Reports on dispensaries and lunatic asylums in the Province of Oudh - 1869-1876
Year: 1869
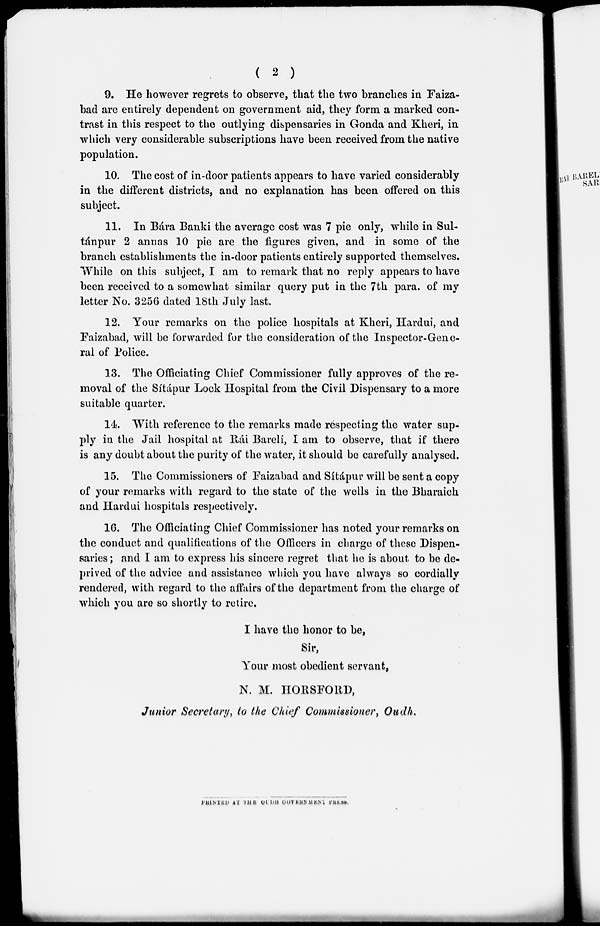
( 2 )
9. He however regrets to observe, that the two branches in Faiza-
bad are entirely dependent on government aid, they form a marked con-
trast in this respect to the outlying dispensaries in Gonda and Kheri, in
which very considerable subscriptions have been received from the native
population.
10. The cost of in-door patients appears to have varied considerably
in the different districts, and no explanation has been offered on this
subject.
11. In Bára Banki the average cost was 7 pie only, while in Sul-
tánpur 2 annas 10 pie are the figures given, and in some of the
branch establishments the in-door patients entirely supported themselves.
While on this subject, I am to remark that no reply appears to have
been received to a somewhat similar query put in the 7th para, of my
letter No. 3256 dated 18th July last.
12. Your remarks on the police hospitals at Kheri, Hardui, and
Faizabad, will be forwarded for the consideration of the Inspector-Gene-
ral of Police.
13. The Officiating Chief Commissioner fully approves of the re-
moval of the Sítápur Lock Hospital from the Civil Dispensary to a more
suitable quarter.
14. With reference to the remarks made respecting the water sup-
ply in the Jail hospital at Rái Barelí, I am to observe, that if there
is any doubt about the purity of the water, it should be carefully analysed.
15. The Commissioners of Faizabad and Sítápur will be sent a copy
of your remarks with regard to the state of the wells in the Bharaich
and Hardui hospitals respectively.
16. The Officiating Chief Commissioner has noted your remarks on
the conduct and qualifications of the Officers in charge of these Dispen-
saries ; and I am to express his sincere regret that he is about to be de-
prived of the advice and assistance which you have always so cordially
rendered, with regard to the affairs of the department from the charge of
which you are so shortly to retire.
I have the honor to be,
Sir,
Your most obedient servant,
N. M. HORSFORD,
Junior Secretary, to the Chief Commissioner, Oudh.
PRINTED AT THE OUDH GOVERNMENT PRESS.